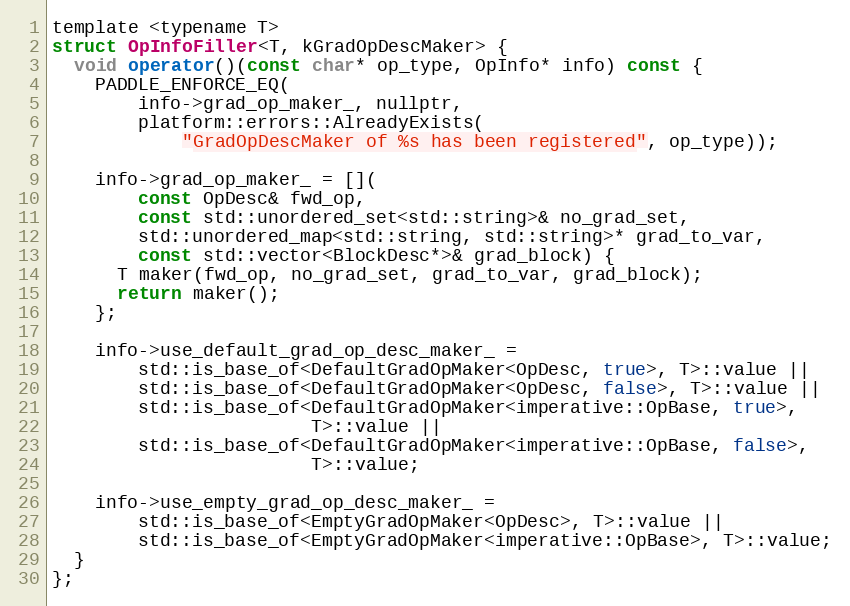
Language: C
template <typename T>
struct OpInfoFiller<T, kGradOpDescMaker> {
  void operator()(const char* op_type, OpInfo* info) const {
    PADDLE_ENFORCE_EQ(
        info->grad_op_maker_, nullptr,
        platform::errors::AlreadyExists(
            "GradOpDescMaker of %s has been registered", op_type));

    info->grad_op_maker_ = [](
        const OpDesc& fwd_op,
        const std::unordered_set<std::string>& no_grad_set,
        std::unordered_map<std::string, std::string>* grad_to_var,
        const std::vector<BlockDesc*>& grad_block) {
      T maker(fwd_op, no_grad_set, grad_to_var, grad_block);
      return maker();
    };

    info->use_default_grad_op_desc_maker_ =
        std::is_base_of<DefaultGradOpMaker<OpDesc, true>, T>::value ||
        std::is_base_of<DefaultGradOpMaker<OpDesc, false>, T>::value ||
        std::is_base_of<DefaultGradOpMaker<imperative::OpBase, true>,
                        T>::value ||
        std::is_base_of<DefaultGradOpMaker<imperative::OpBase, false>,
                        T>::value;

    info->use_empty_grad_op_desc_maker_ =
        std::is_base_of<EmptyGradOpMaker<OpDesc>, T>::value ||
        std::is_base_of<EmptyGradOpMaker<imperative::OpBase>, T>::value;
  }
};